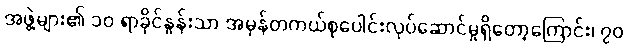
အဖွဲ့များ၏ ၁၀ ရာခိုင်နှုန်းသာ အမှန်တကယ်စုပေါင်းလုပ်ဆောင်မှုရှိတော့ကြောင်း၊ ၇၀